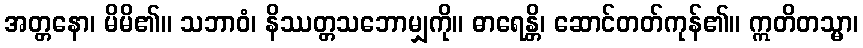
အတ္တနော၊ မိမိ၏။ သဘာဝံ၊ နိဿတ္တသဘောမျှကို။ ဓာရေန္တိ၊ ဆောင်တတ်ကုန်၏။ ဣတိတသ္မာ၊